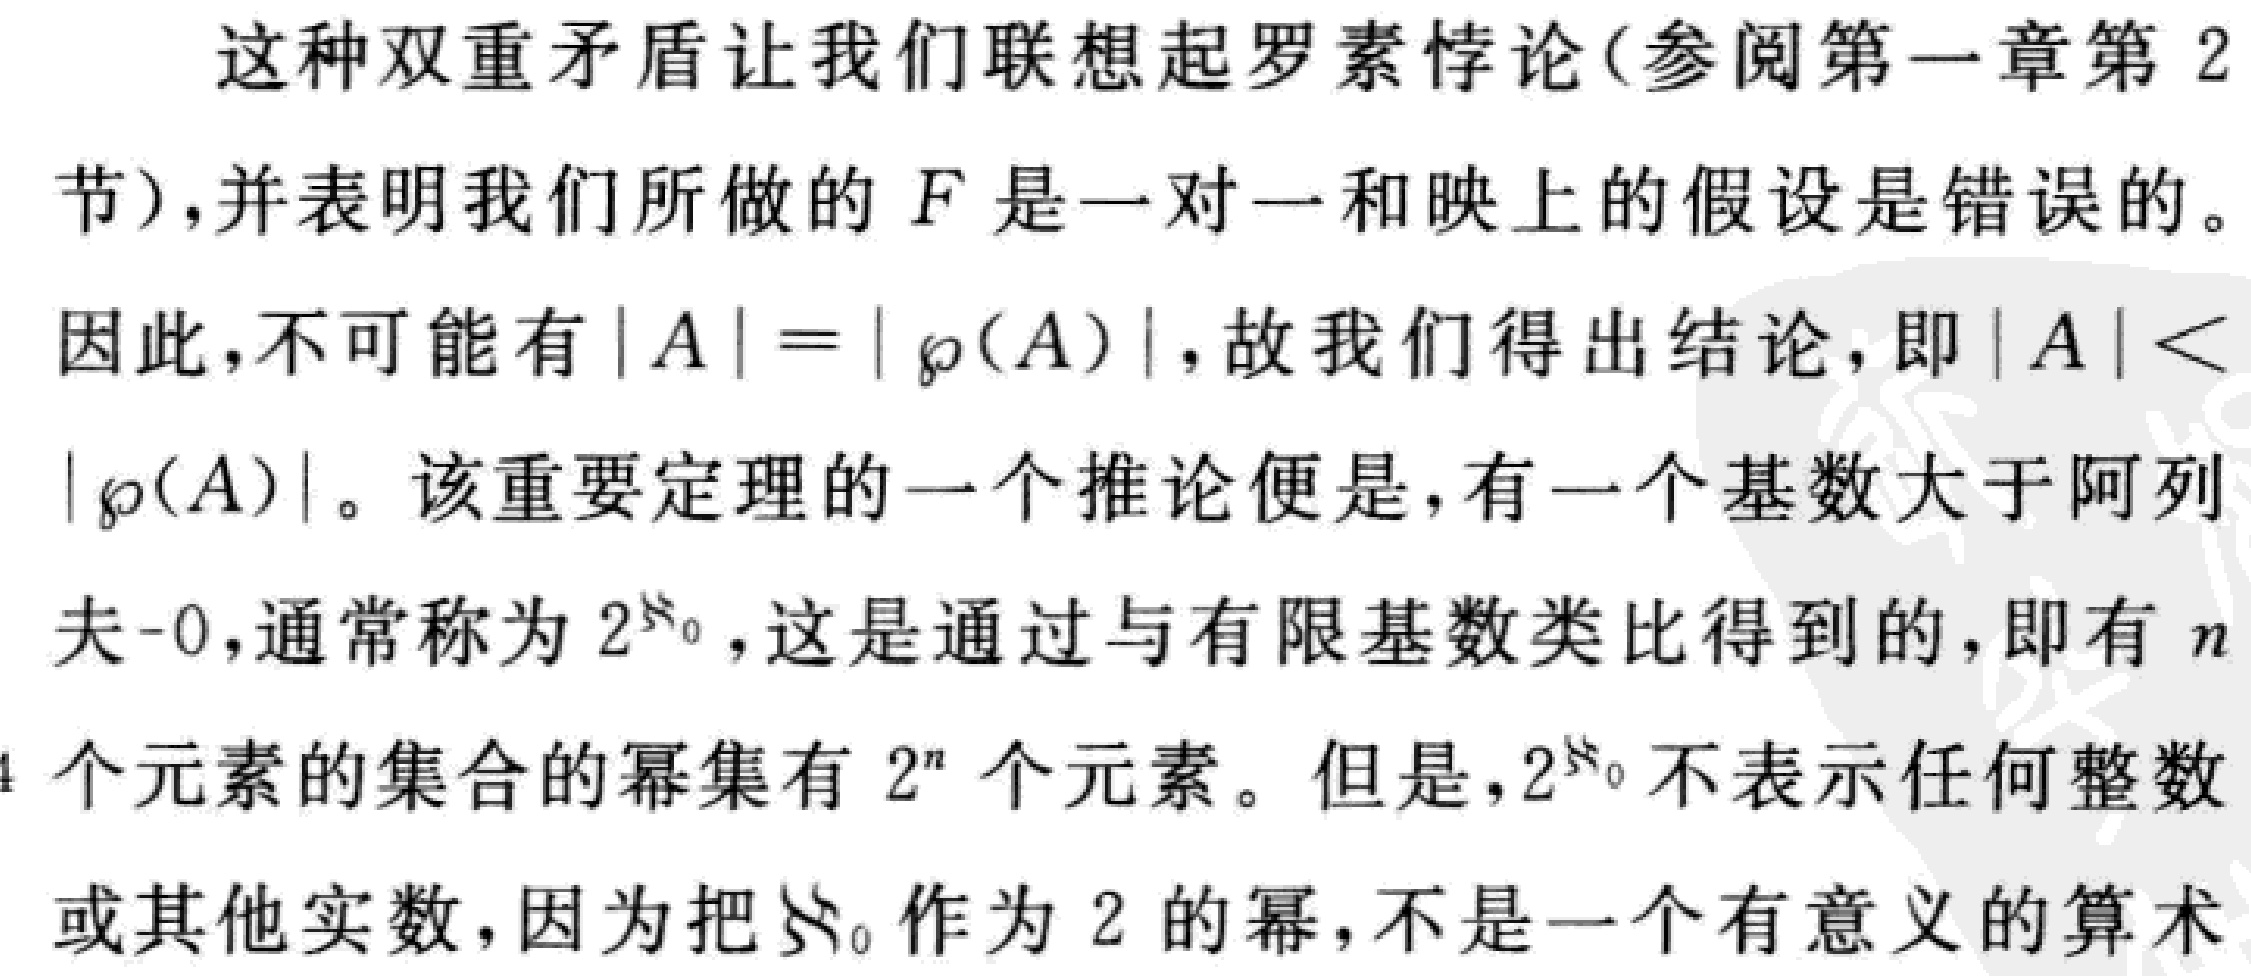
这种双重矛盾让我们联想起罗素悖论(参阅第一章第2
节),并表明我们所做的 \(F\) 是一对一和映上的假设是错误的。
因此,不可能有 \(|A| = |\wp(A)|\), 故我们得出结论, 即 \(|A|<|\wp(A)|\)。该重要定理的一个推论便是, 有一个基数大于阿列
夫 - 0, 通常称为 \(2^{\aleph_0}\), 这是通过与有限基数类比得到的, 即有 \(n\)
个元素的集合的幂集有 \(2^{n}\) 个元素。但是, \(2^{\aleph_0}\) 不表示任何整数
或其他实数, 因为把 \(\aleph_0\) 作为 2 的幂, 不是一个有意义的算术